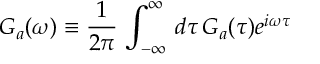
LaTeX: G _ { a } ( \omega ) \equiv \frac { 1 } { 2 \pi } \, \int _ { - \infty } ^ { \infty } \, d \tau \, G _ { a } ( \tau ) e ^ { i \omega \tau }